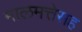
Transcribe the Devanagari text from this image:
मालमत्तेसह